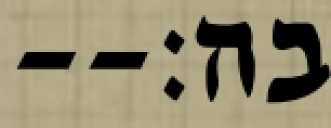
בה׃--